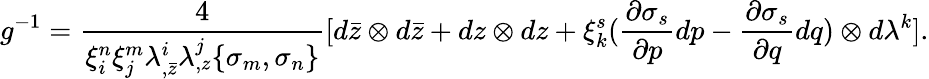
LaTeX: g^{-1}={\frac{4}{\xi_{i}^{n}\xi_{j}^{m}\lambda_{,\bar{z}}^{i}\lambda_{,z}^{j}\{ \sigma_{m},\sigma_{n}\} }}[d\bar{z}\otimes d\bar{z}+dz\otimes dz+\xi_{k}^{s}({\frac{\partial\sigma_{s}}{\partial p}}dp-{\frac{\partial\sigma_{s}}{\partial q}}dq)\otimes d\lambda^{k}].